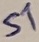
Text: S1